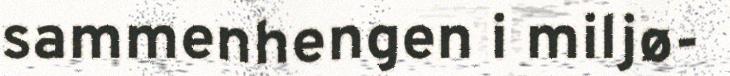
sammenhengen i miljø-